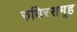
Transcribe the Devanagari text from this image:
रुधिरसमूह